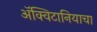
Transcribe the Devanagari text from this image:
ॲक्विटानियाचा